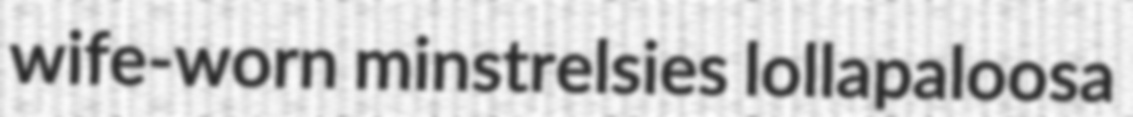
wife-worn minstrelsies lollapaloosa